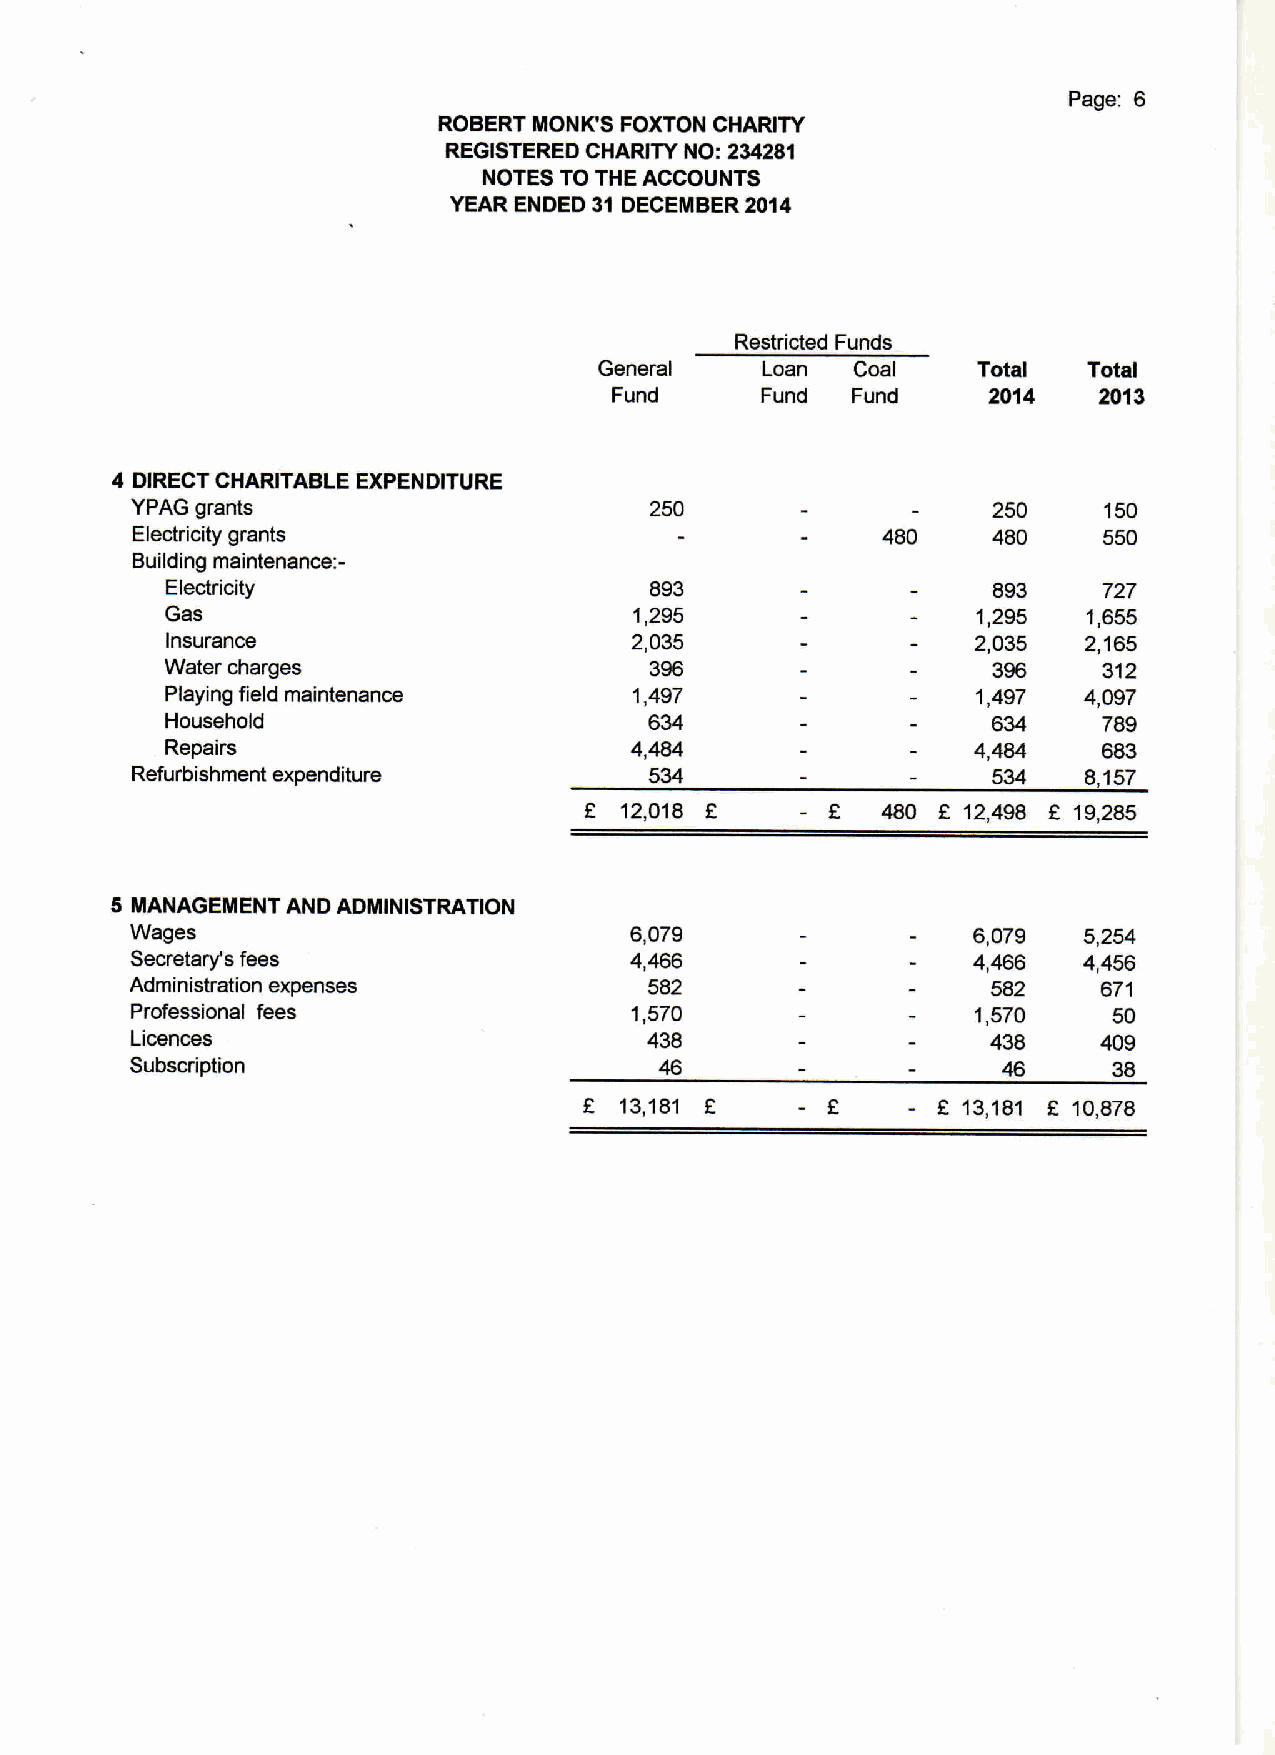
Page: 6
 ROBERT MONK'S FOXTON CHARITY
 REGISTERED CHARITY NO: 234281
 NOTES TO THE ACCOUNTS
 YEAR ENDED 31 DECEMBER 2014
 Restricted Funds
 General   Loan   Coal    Total  Total
 Fund     Fund  Fund     2014    2013
 4 DIRECT CHARITABLE EXPENDITURE
 YPAG grants                       250                    250    150
 Electricity grants                               480     480    550
 Building maintenance:-
 Electricity                     893                    893    727
 Gas                            1,295                  1,295  1,655
 Insurance                      2,035                  2,035  2,165
 Water charges                   396                    396    312
 Playing field maintenance      1,497                  1,497  4,097
 Household                       634                    634    789
 Repairs                        4,484                  4,484   683
 Refurbishment expenditure         534                    534   8,157
 12,018 E         480 R 12,498 R 19,285
 5 MANAGEMENT AND ADMINISTRATION
 Wages                            6,079                 6,079   5,254
 Secretary's fees                 4,466                 4,466   4,456
 Administration expenses           582                    582    671
 Professional fees                1,570                  1,570    50
 Licences                          438                    438    409
 Subscription                       46                    46      38
 13,181               2 13,181 F 10,878